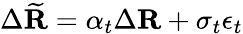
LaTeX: \Delta\widetilde{\mathbf{R}}=\alpha_{t}\Delta\mathbf{R}+\sigma_{t}\epsilon_{t}